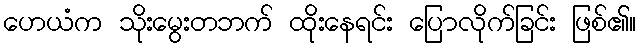
ဟေယံက သိုးမွေးတဘက် ထိုးနေရင်း ပြောလိုက်ခြင်း ဖြစ်၏။